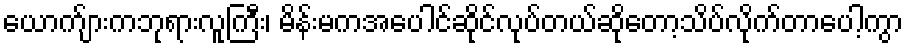
ယောက်ျားကဘုရားလူကြီး၊ မိန်းမကအပေါင်ဆိုင်လုပ်တယ်ဆိုတော့သိပ်လိုက်တာပေါ့ကွာ